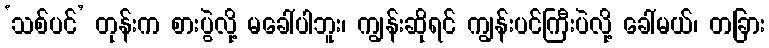
‘သစ်ပင်’ တုန်းက စားပွဲလို့ မခေါ်ပါဘူး၊ ကျွန်းဆိုရင် ကျွန်းပင်ကြီးပဲလို့ ခေါ်မယ်၊ တခြား